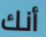
أنك